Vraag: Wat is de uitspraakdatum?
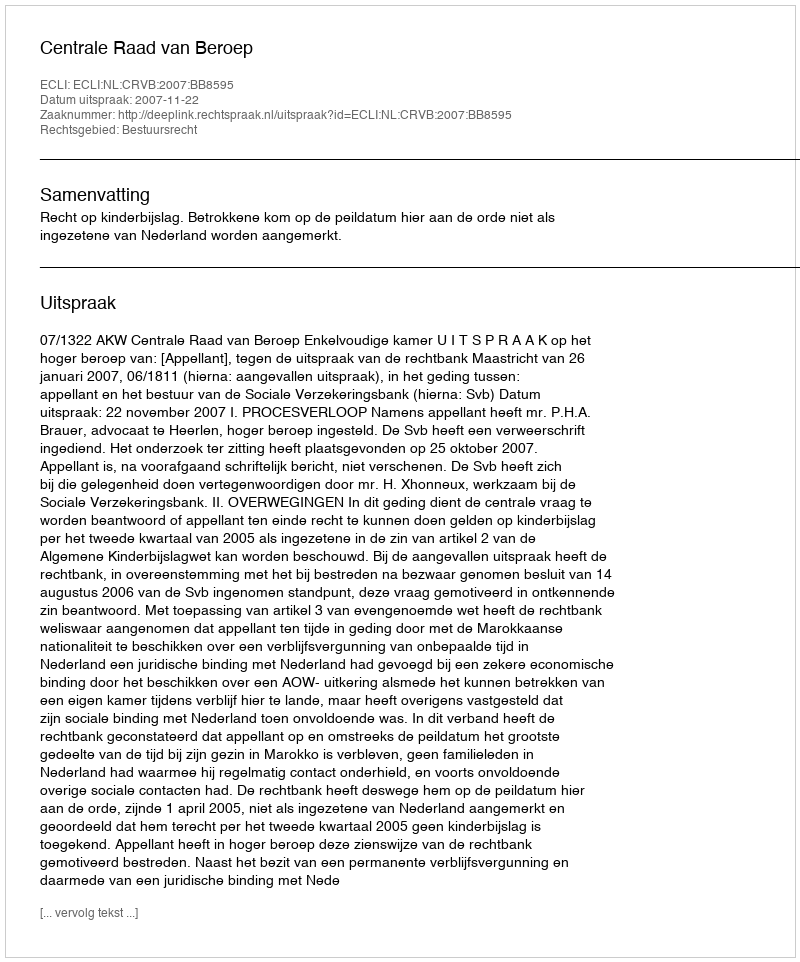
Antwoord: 2007-11-22